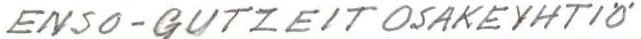
ENSO-GUTZEIT OSAKEYHTIÖ